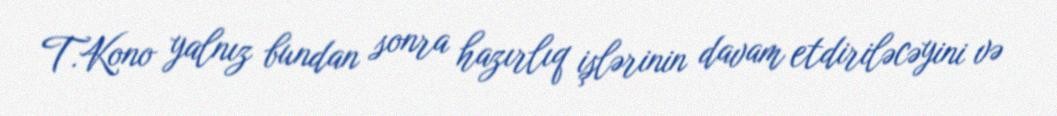
T.Kono yalnız bundan sonra hazırlıq işlərinin davam etdiriləcəyini və